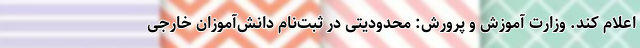
اعلام کند. وزارت آموزش و پرورش: محدودیتی در ثبت‌نام دانش‌آموزان خارجی